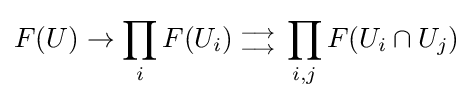
F(U)\rightarrow \prod _{i}F(U_{i}){{{} \atop \longrightarrow } \atop {\longrightarrow  \atop {}}}\prod _{i,j}F(U_{i}\cap U_{j})